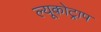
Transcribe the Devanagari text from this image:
ल्यूकोट्राप